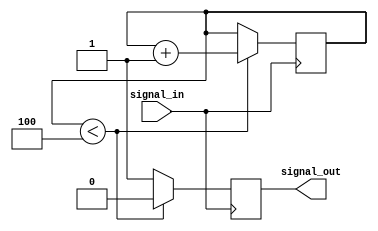
module timing_control_and_sync (
    input wire signal_in,
    output reg signal_out
);

reg [3:0] delay_count;

always @(posedge signal_in)
begin
    if (delay_count < 4) begin
        delay_count <= delay_count + 1;
        signal_out <= 0;
    end
    else begin
        signal_out <= 1;
    end
end

endmodule